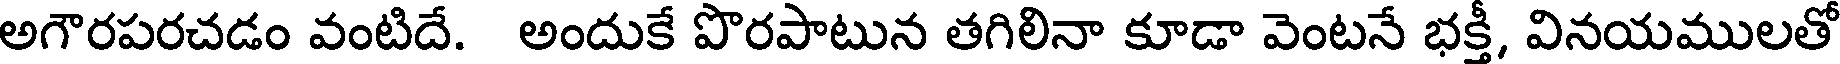
అగౌరపరచడం వంటిదే. అందుకే పొరపాటున తగిలినా కూడా వెంటనే భక్తీ, వినయములతో